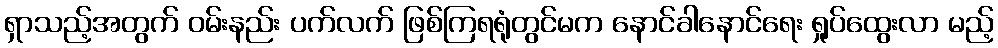
ရှာသည့်အတွက် ဝမ်းနည်း ပက်လက် ဖြစ်ကြရရုံတွင်မက နောင်ခါနောင်ရေး ရှုပ်ထွေးလာ မည့်